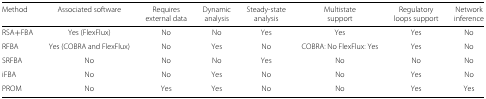
| Method | Associated software | Requires | Dynamic | Steady-state | Multistate | Regulatory | Network |
 |  |  | external data | analysis | analysis | support | loops support | inference |
 | --- | --- | --- | --- | --- | --- | --- | --- |
 | RSA + FBA | Yes (FlexFlux) | No | No | Yes | Yes | Yes | No |
 | RFBA | Yes (COBRA and FlexFlux) | No | Yes | No | COBRA: No FlexFlux: Yes | Yes | No |
 | SRFBA | No | No | No | Yes | No | No | No |
 | iFBA | No | No | Yes | No | No | Yes | No |
 | PROM | No | Yes | Yes | No | No | Yes | Yes |